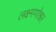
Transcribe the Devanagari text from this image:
लक्ष्मणोश्वर